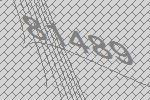
81489